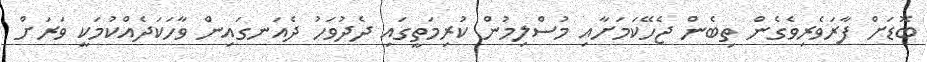
ބޮޑަށް ފާރަވެރިވެގެން ތިބެން ޖެހޭކަމަށާއި މުސްލިމުން ކުރިމަތީގައި ދެދުވަހު ދެއަނގައިން ވާހަކަދެއްކުމަކީ ވަރަށް